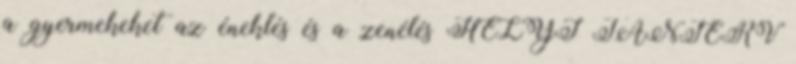
a gyermekeket az éneklés és a zenélés HELYI TANTERV